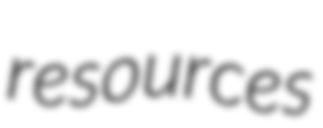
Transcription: resources